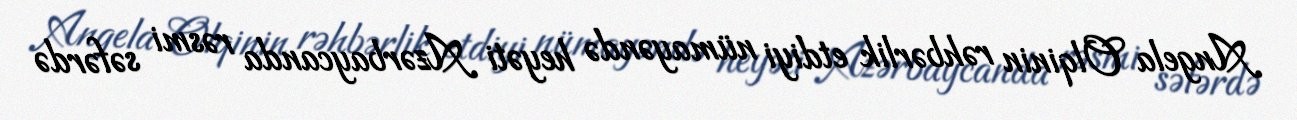
Angela Olqinin rəhbərlik etdiyi nümayəndə heyəti Azərbaycanda rəsmi səfərdə